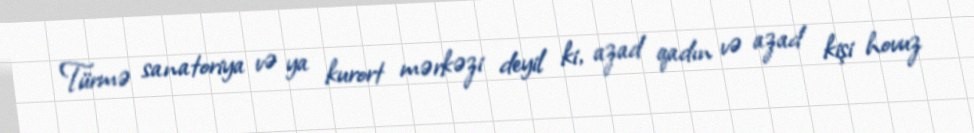
Türmə sanatoriya və ya kurort mərkəzi deyil ki, azad qadın və azad kişi hovuz